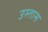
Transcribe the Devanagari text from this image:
उस्तास